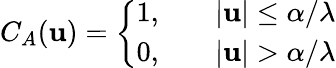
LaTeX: C_{A}(\mathbf{u})=\left\{ \begin{array}{ll}{1,\quad}&{|\mathbf{u}|\leq\alpha/\lambda}\\ {0,\quad}&{|\mathbf{u}|>\alpha/\lambda}\end{array}\right.